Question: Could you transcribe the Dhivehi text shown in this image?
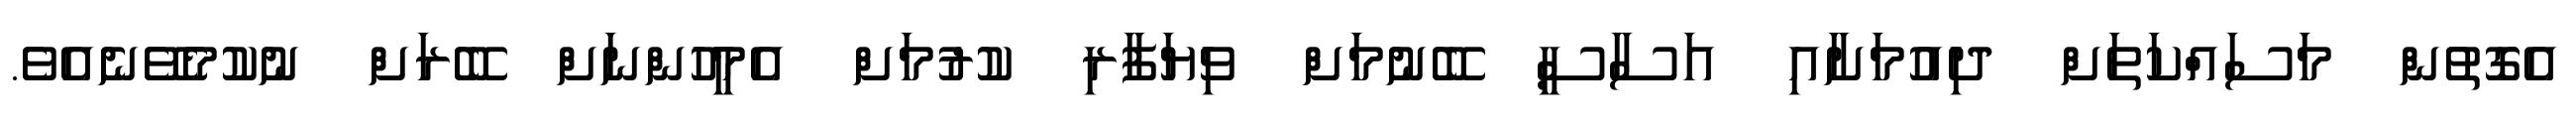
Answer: އެގޮތުން މަސައްކަތަށް ދިއުމަށާއި އަސާސީ ބޭނުމަށް ވިޔަފާރި ކުރުމަށް އެމީހުންނަށް ބޭރަށް ނުކުމެވޭނެއެވެ.